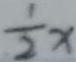
\frac { 1 } { 2 } x